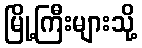
မြို့ကြီးများသို့